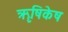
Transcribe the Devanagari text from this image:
ॠषिकेष